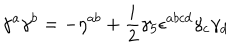
\gamma ^ { a } \gamma ^ { b } = - \eta ^ { a b } + { \frac { i } { 2 } } \gamma _ { 5 } \epsilon ^ { a b c d } \gamma _ { c } \gamma _ { d }